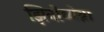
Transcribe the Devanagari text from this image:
झिनोव्येव्ना